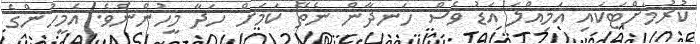
ކުރުމަށްޓަކައި އަމިއްލަ އަޑު ވެސް ހަނދާން ނެތޭ ކަމަށް ހަދާ މީހުންނެވެ. އެމީހުންގެ